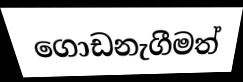
ගොඩනැගීමත්